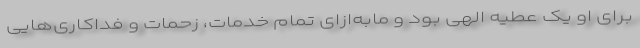
برای او یک عطیه الهی بود و مابه‌ازای تمام خدمات، زحمات و فداکاری‌هایی